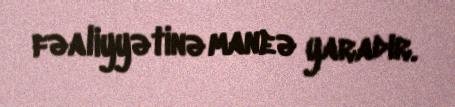
fəaliyyətinə maneə yaradır.